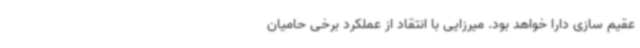
عقیم‌ سازی دارا خواهد بود. میرزایی با انتقاد از عملکرد برخی حامیان